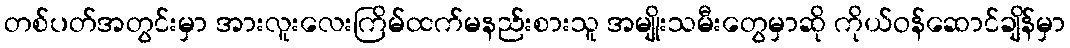
တစ်ပတ်အတွင်းမှာ အားလူးလေးကြိမ်ထက်မနည်းစားသူ အမျိုးသမီးတွေမှာဆို ကိုယ်ဝန်ဆောင်ချိန်မှာ